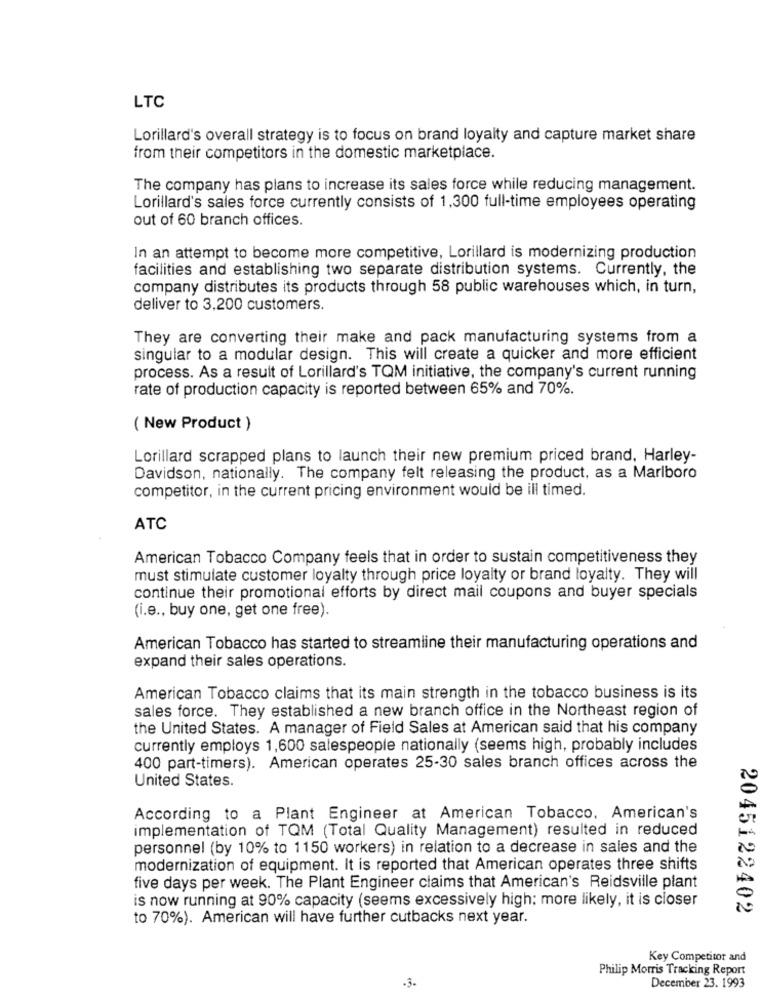
LTC
Lorillard's overall strategy is to focus on brand loyalty and capture market share
from their competitors in the domestic marketplace.
The company has plans to increase its sales force while reducing management.
Lorillard's sales force currently consists of 1,300 full-time employees operating
out of 60 branch offices.
In an attempt to become more competitive, Lorillard is modernizing production
facilities and establishing two separate distribution systems. Currently, the
company distributes its products through 58 public warehouses which, in turn,
deliver to 3,200 customers.
They are converting their make and pack manufacturing systems from a
singular to a modular design. This will create a quicker and more efficient
process. As a result of Lorillard's TQM initiative, the company's current running
rate of production capacity is reported between 65% and 70%.
( New Product )
Lorillard scrapped plans to launch their new premium priced brand, Harley-
Davidson, nationally. The company felt releasing the product, as a Marlboro
competitor, in the current pricing environment would be ill timed.
ATC
American Tobacco Company feels that in order to sustain competitiveness they
must stimulate customer loyalty through price loyalty or brand loyalty. They will
continue their promotional efforts by direct mail coupons and buyer specials
(i.e ., buy one, get one free).
American Tobacco has started to streamline their manufacturing operations and
expand their sales operations.
American Tobacco claims that its main strength in the tobacco business is its
sales force. They established a new branch office in the Northeast region of
the United States. A manager of Field Sales at American said that his company
currently employs 1,600 salespeople nationally (seems high, probably includes
400 part-timers). American operates 25-30 sales branch offices across the
United States.
According to a Plant Engineer at American Tobacco. American's
implementation of TQM (Total Quality Management) resulted in reduced
personnel (by 10% to 1150 workers) in relation to a decrease in sales and the
modernization of equipment. It is reported that American operates three shifts
five days per week. The Plant Engineer claims that American's Reidsville plant
is now running at 90% capacity (seems excessively high; more likely, it is closer
2045122402
to 70%). American will have further cutbacks next year.
Key Competitor and
Philip Morris Tracking Report
December 23. 1993